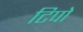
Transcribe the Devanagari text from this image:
टिपो